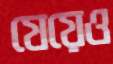
যেয়েও